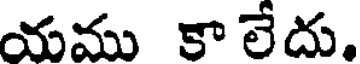
యము కా లేదు.